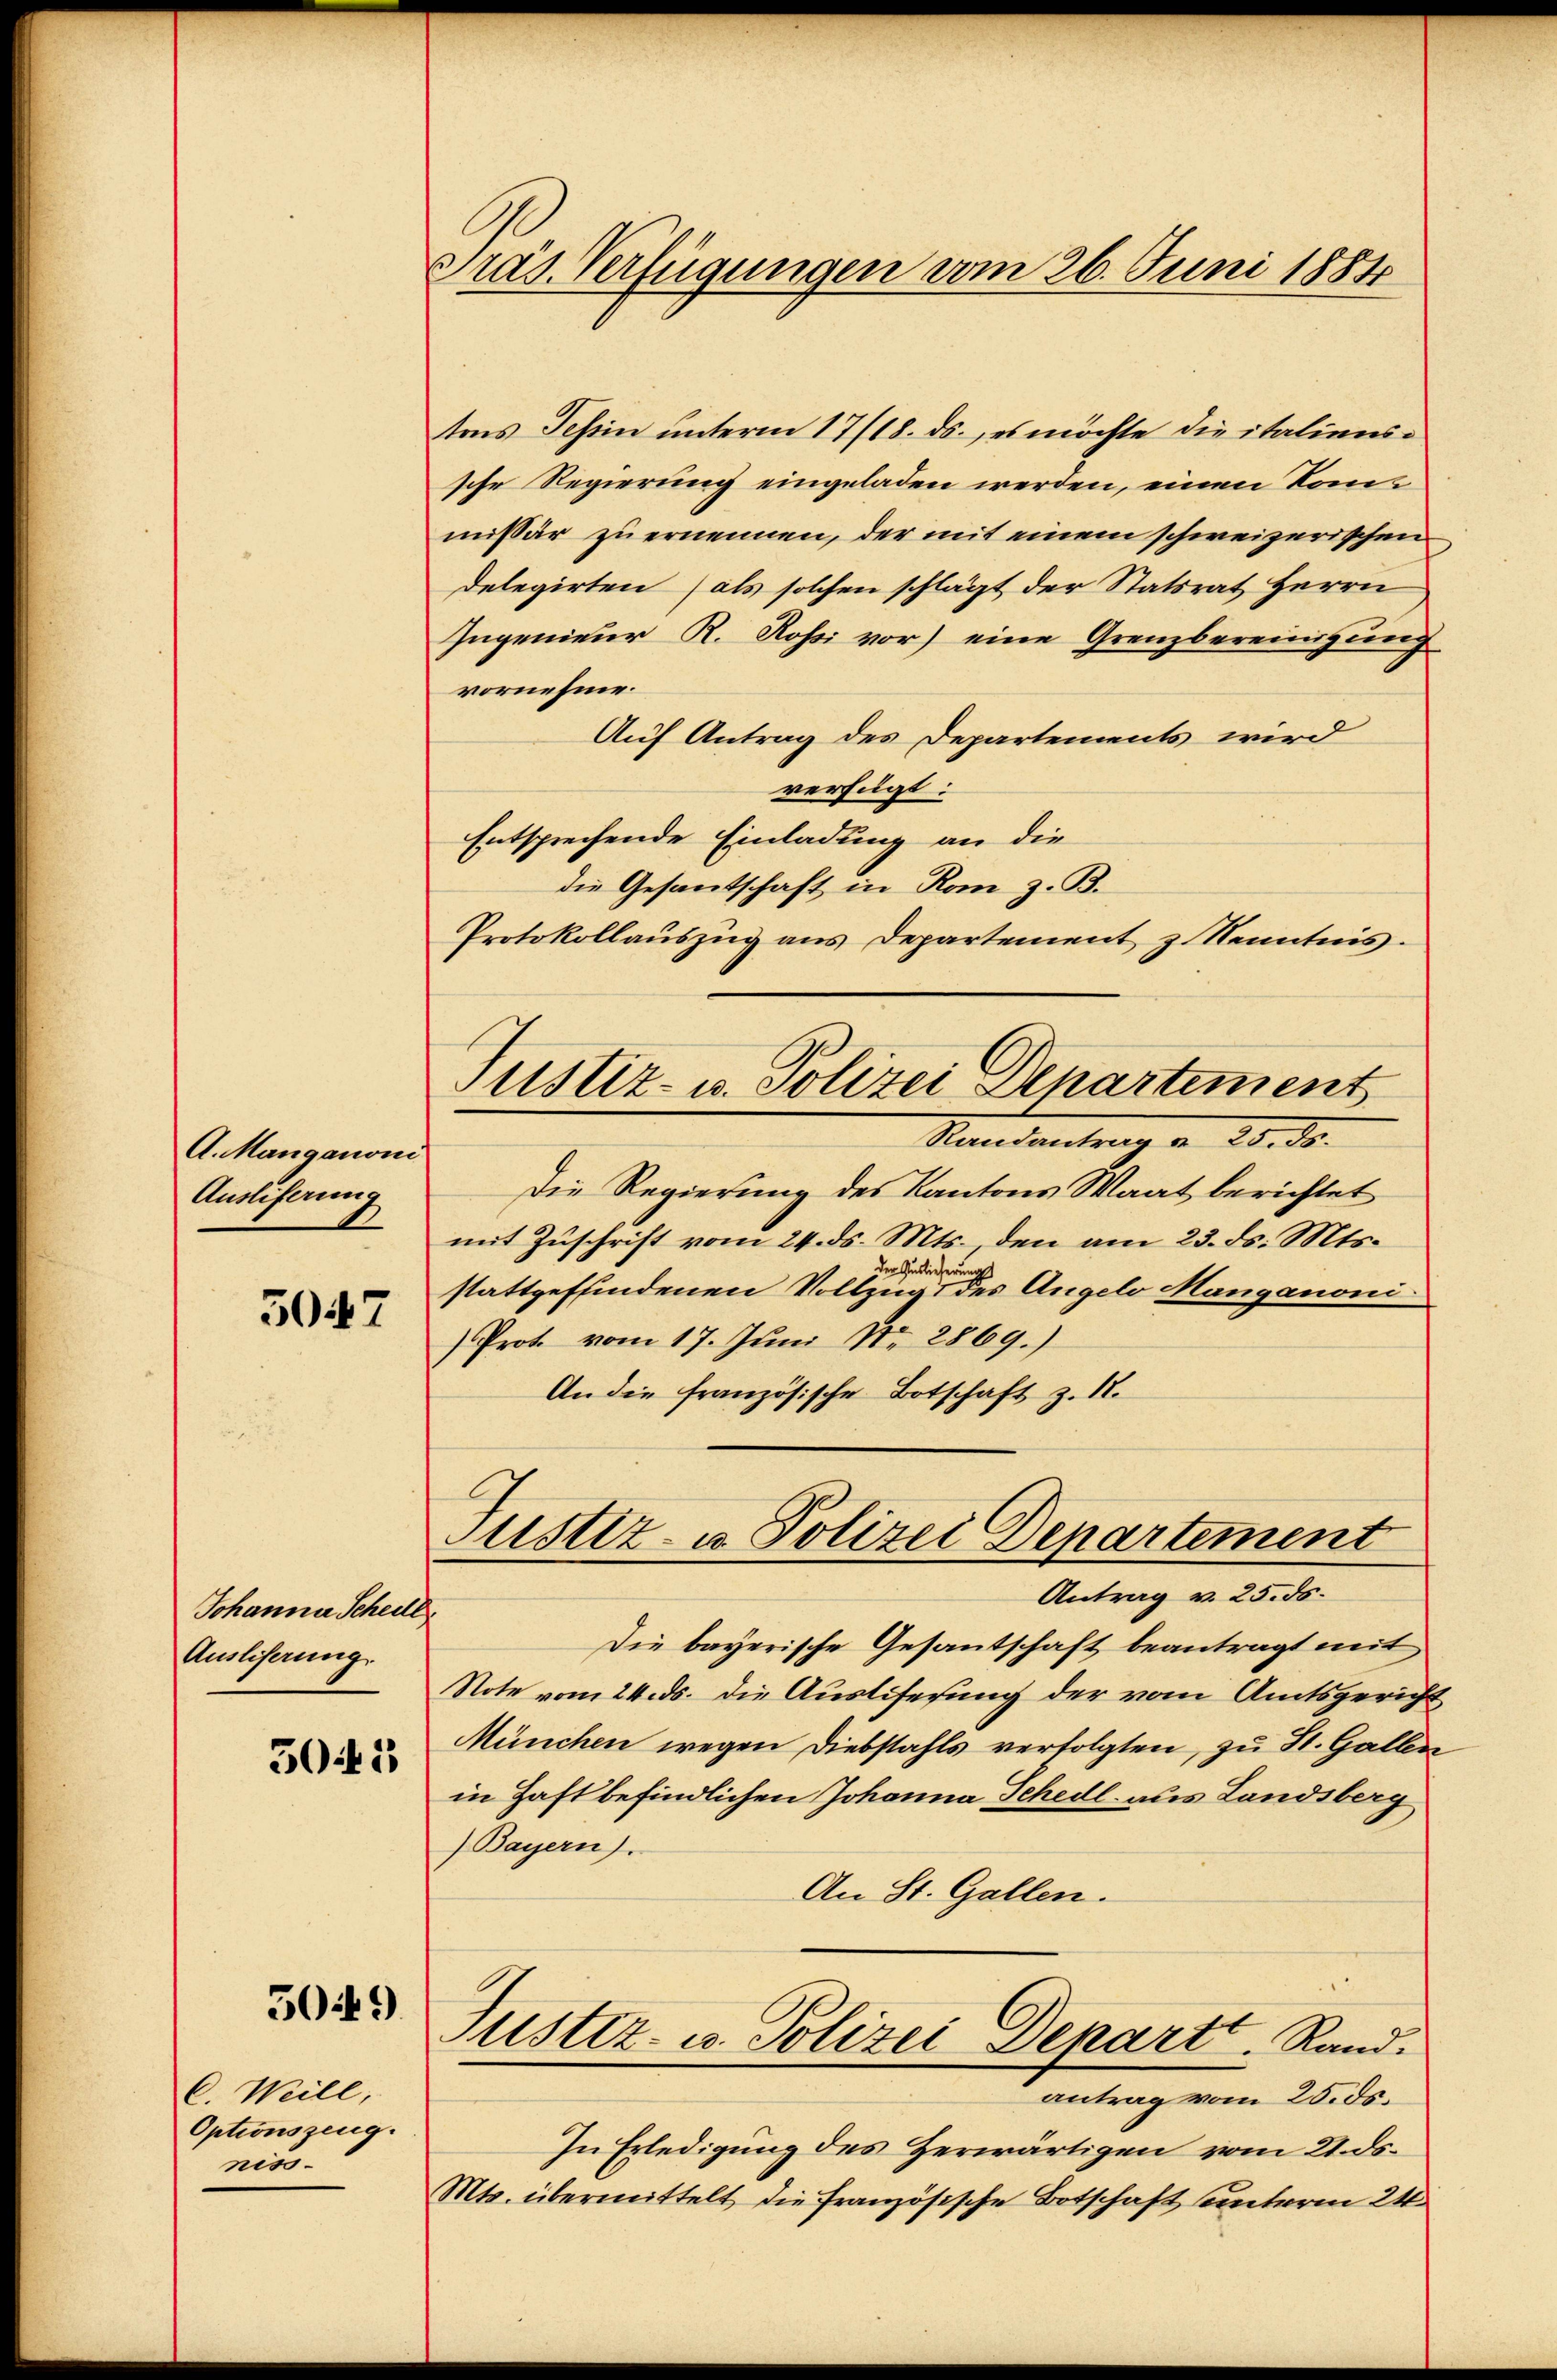
A. Manganoni
Auslieferung

5047

Johanner Schedl
Ausliserung.
5045

5049)

C. Weill,
Optionszeug.
nis.

Präs. Verfügungen vom 26. Juni 1884

Justiz- u. Polizei Departement

tens Tessin unterm 17/18. ds., es möchte die italienssche Regierung eingeladen werden, einen Konmissär zu ernennen, der mit einem schweizerischen
delegirten (als solchen schlägt der Statsrat Herrn
Ingenieur R. Rossi vor) eine Grenzbereinigung
vornehme.
Auf Antrag des Departements wird
verfügt:
Entsprechende Einladung an die
die Gesantschaft in Rom z. B.
Protokollaŭszŭg ans Departement z Kenntnis.
Standentrag v. 20. ds.
Die Regierung des Kantons Waat berichtet
mit Zuschrift vom 24. ds. Mts., den am 23. ds. Mts.
der Auslieferung
stattgeffindenen Vollzug des Angelo Manganoni
Prot. vom 17. Juni Nr 2869.)
An die französische Botschaft z. 12.
Justiz- u. Polizei Departement
Antrag v. 25. ds.
Die bayerische Gesantschaft beantragt mit
Note vom 24. ds. die Ausliserung der vom Amtsgericht
München wegen Diebstahls verfolgten, zu St. Gallen
in Haft befindlichen Johanna Schedl aus Landsberg
Bayern).
An St. Gallen.
Justiz- u. Polizei Depart. Rand.
antrag vom 25. ds.
In Erledigung des Herwärtigen vom 21. ds.
Mts. übermittelt, die Französische Botschaft unterm 24.